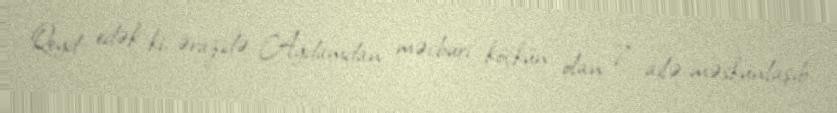
Qeyd edək ki, ərazidə Ağdamdan məcburi köçkün olan 7 ailə məskunlaşıb.